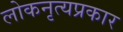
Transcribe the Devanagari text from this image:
लोकनृत्यप्रकार